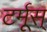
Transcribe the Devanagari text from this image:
टर्मूस्